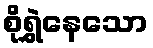
စိုရွှဲနေသော